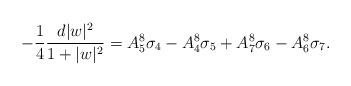
LaTeX: \begin{align*}-{{1}\over{4}}{{d|w|^2}\over{1+|w|^2}}=A_5^8\sigma_4-A_4^8\sigma_5+A_7^8\sigma_6-A_6^8\sigma_7.\end{align*}